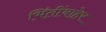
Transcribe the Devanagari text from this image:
भिंतींबाहेर